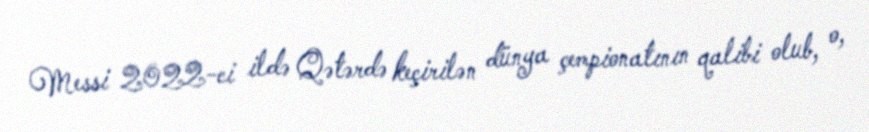
Messi 2022-ci ildə Qətərdə keçirilən dünya çempionatının qalibi olub, o,